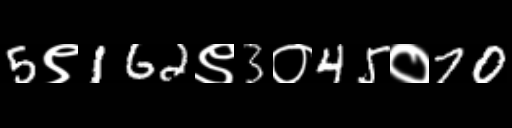
Text: 5९162९3०45०70